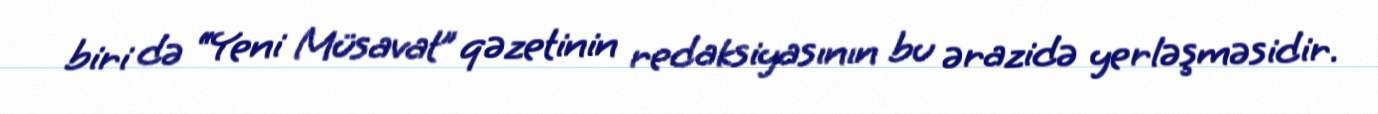
biri də “Yeni Müsavat” qəzetinin redaksiyasının bu ərazidə yerləşməsidir.